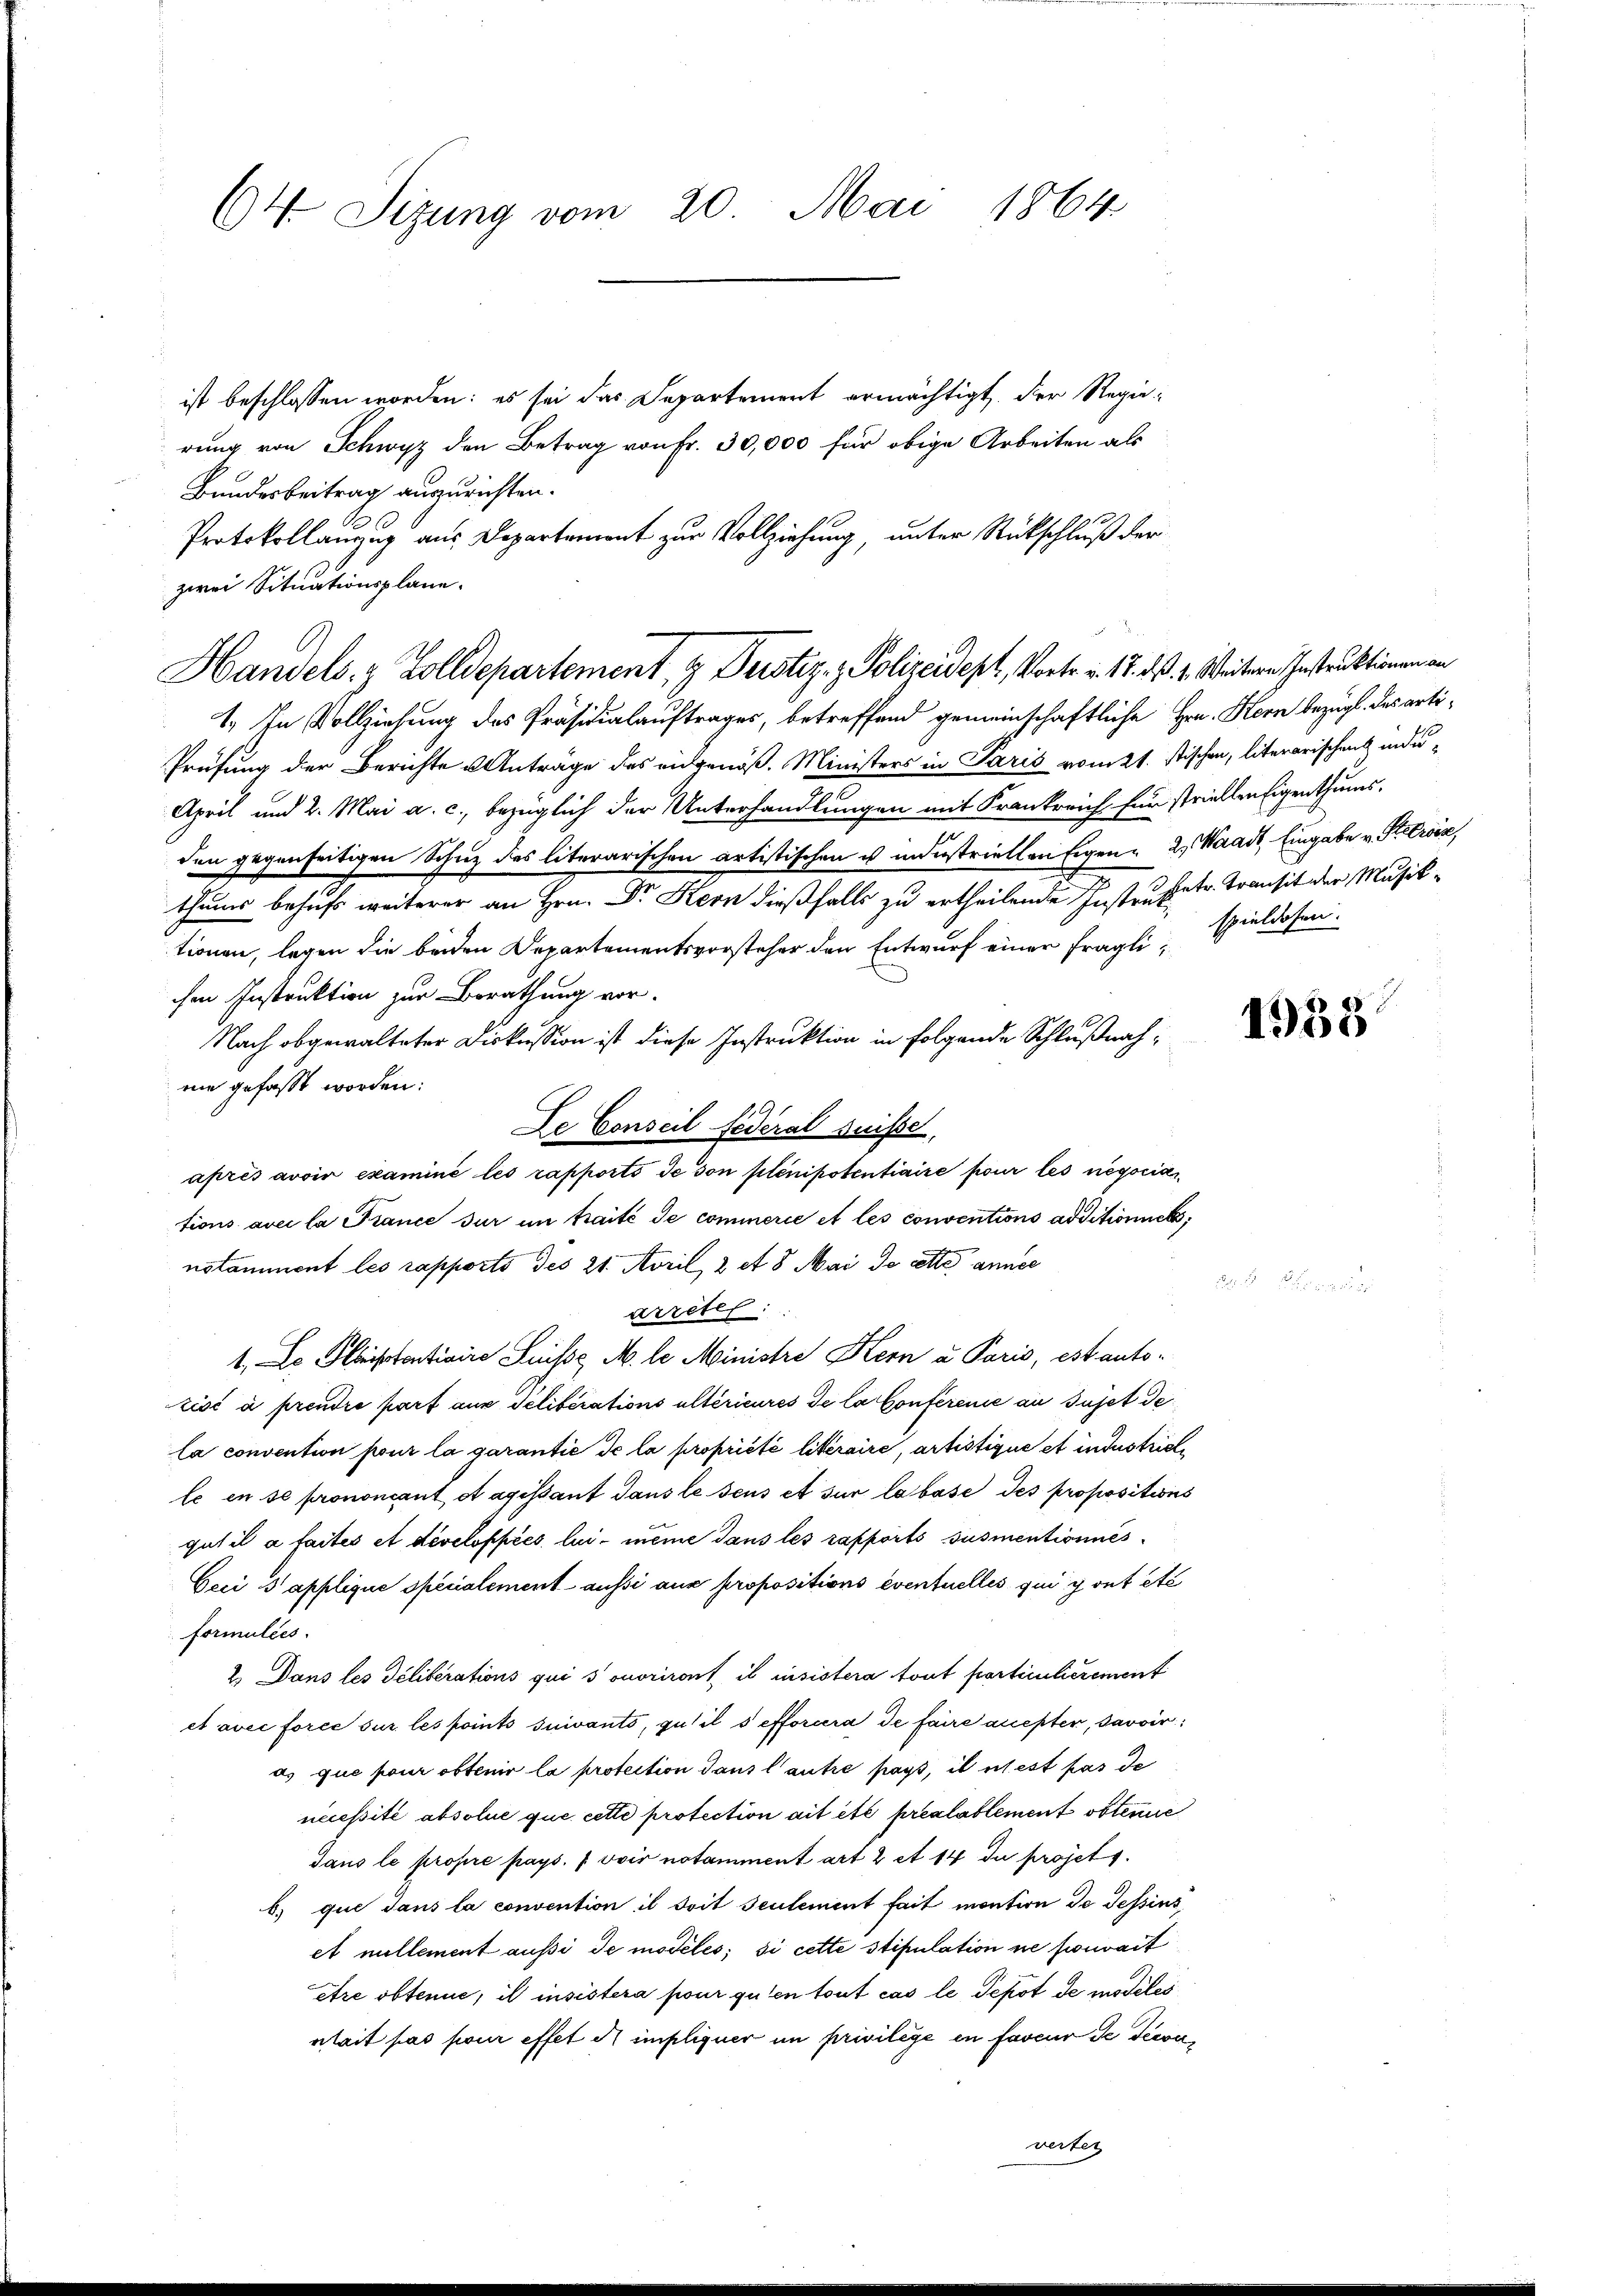
64. Sizung vom 20. Mai 1864

ist beschlossen worden; es sei das Separtement ermächtigt, der Regierung von Schwyz den Betrag von Fr. 30,000 für obige Arbeiten als
Bundesbeitrag auszurichten.
Protokollauzug aus Departement zur Vollziehung, unter Rückschluß der
zwei Situationsplane.
1. In Vollziehung des Präsidialauftrages, betreffend gemeinschaftliche Hrn. Kern bezügl. des arti¬
Prüfung der Berichte Anträge des eidgenöß. Ministers in Paris vom 21. stischen, literarischen inde¬
April und 2. Mai a. c., bezüglich der Unterhandlungen mit Krankreich für striellen Eigenthums,
den gegenseitigen Schuz des literarischen artistischen u industriellen Eigen 2, Waadt, Eingabe v. Stetris,
thums behufs weiterer an Hrn. Dr Kern dießfalls zu ertheilende Instruketr. Transit der Musiktionen, legen die beiden Departementsvorsteher den Entwurf einer fraglichen Instruktion zur Berathung vor.
Nach obgewalteter Diskussion ist diese Instruktion in folgende Schlußnahnie gefaßt worden:
après avoir examiné les rapporto de son plenipotentiaire pour les negocia
tions avec la France sur in traité de cominerie et les conventions additionnels,
notamment les rapports des 21. April, 2 et 8 Mai de cette annes
arreter:
1 Lo Kistentiaire Suisse M. le Ministre Kern u. Paris, est auto-
tisé à prendre part aus Delibérations ultérieures de la Conference an Gujet de
la convention pour la garantie de la propriété literaire, artistique et industrieli
le en se prononcant dagistant dans le seus et sur la base des propositions
gut il a faites et developpées lui meine dans les rapports susmentionnes
Ceri s’applique specialement aussi aus propositions eventuelles qui y ont etc
Formulies
2.) Dans les Deliberations qui sonoriront il censistera tout particulierement
et avec force sur les points suivants, qu’il s efforcera de faire quester, savoir
as que pour obtenir la protection dans l’autre pays, il test pas de
nccessité absolue que cette protection ait été préalablement obtenire
Jans le propre pays. (voir notamment art 2 et 14 du projets.
b) que dans la convention il soit seulement fait montion de Tessins
et millement aussi de modélés; si cette stipulation ne pouvait
être obtenue, il insistera pour guten tout cas le Tepot de modites
tait pas pour effet A impliquer im privilege in faveur de Ticon
vertei

De Conseil Federal Suisse,

Handels- & Zolldepartement, & Durstiz- & Polizeidept, Vortr. v. 18. ds. 1. Weiteren Instruktionen an

spieldosen.

1935